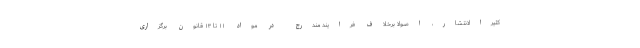
کثیرالانتشار، اصولا برخلاف فرایند مندرج در مواد ۱۱ تا ۱۳ قانون برگزاری